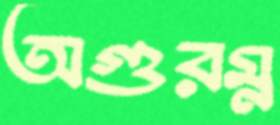
অগুরম্ন